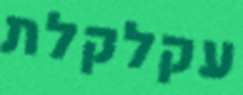
עקלקלת